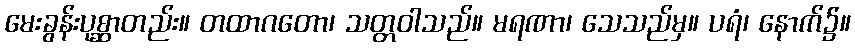
မေးခွန်းပုစ္ဆာတည်း။ တထာဂတော၊ သတ္တဝါသည်။ မရဏာ၊ သေသည်မှ။ ပရံ၊ နောက်၌။